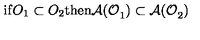
\mathrm { i f } O _ { 1 } \subset O _ { 2 } \mathrm { t h e n } \mathcal { A ( O } _ { 1 } \mathcal { ) } \subset \mathcal { A ( O } _ { 2 } \mathcal { ) }